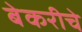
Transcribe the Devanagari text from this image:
बेकरीचे